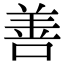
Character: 善